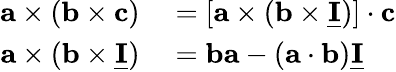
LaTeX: \begin{array}{rl}{\mathbf a\times(\mathbf b\times\mathbf c)}&{{}=[\mathbf a\times(\mathbf b\times\underline{{\mathbf I}})]\cdot\mathbf c}\\ {\mathbf a\times(\mathbf b\times\underline{{\mathbf I}})}&{{}=\mathbf b\mathbf a-(\mathbf a\cdot\mathbf b)\underline{{\mathbf I}}}\end{array}